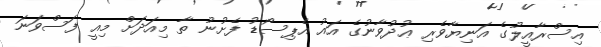
އިސްރާއީލުގެ އަނިޔާވެރި ޢުދުވާނުގެ އައު އެޕިސޯޑު ފެށުނު ތާ މިއަދަށް މިއީ ފަސްވަނަ